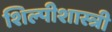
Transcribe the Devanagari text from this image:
शिल्पीशास्त्री